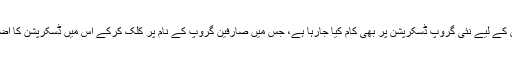
اسی طرح گروپس کے لیے نئی گروپ ڈسکرپشن پر بھی کام کیا جارہا ہے، جس میں صارفین گروپ کے نام پر کلک کرکے اس میں ڈسکرپشن کا اضافہ کرسکیں گے۔